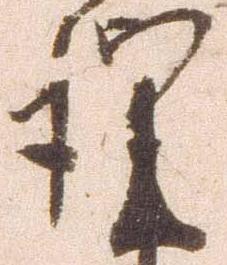
謹